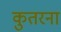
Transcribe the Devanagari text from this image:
कुतरना